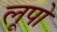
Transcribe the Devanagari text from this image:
लूपो